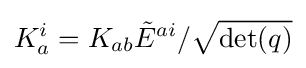
K_{a}^{i}=K_{ab}{\tilde {E}}^{ai}/{\sqrt {\det(q)}}